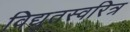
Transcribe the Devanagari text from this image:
विद्युतस्वरित्र